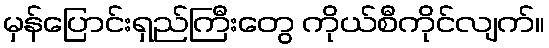
မှန်ပြောင်းရှည်ကြီးတွေ ကိုယ်စီကိုင်လျက်။